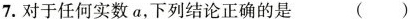
7.对于任何实数a，下列结论正确的是 ()